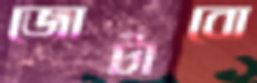
জোটাবো